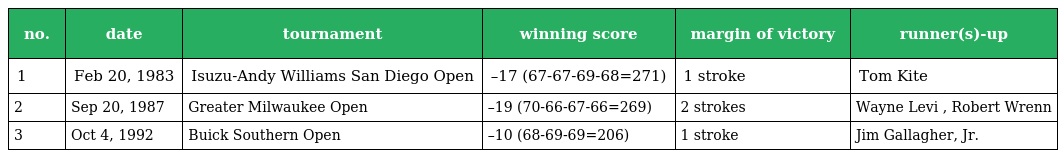
| no. | date | tournament | winning score | margin of victory | runner(s)-up |
 | --- | --- | --- | --- | --- | --- |
 | 1 | Feb 20, 1983 | Isuzu-Andy Williams San Diego Open | –17 (67-67-69-68=271) | 1 stroke | Tom Kite |
 | 2 | Sep 20, 1987 | Greater Milwaukee Open | –19 (70-66-67-66=269) | 2 strokes | Wayne Levi , Robert Wrenn |
 | 3 | Oct 4, 1992 | Buick Southern Open | –10 (68-69-69=206) | 1 stroke | Jim Gallagher, Jr. |